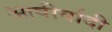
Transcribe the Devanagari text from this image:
आषीर्वादी